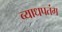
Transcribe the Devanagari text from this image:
व्याधपतंग